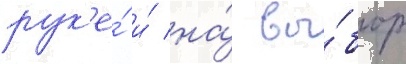
рук'е́ и́ на́ вы́бор